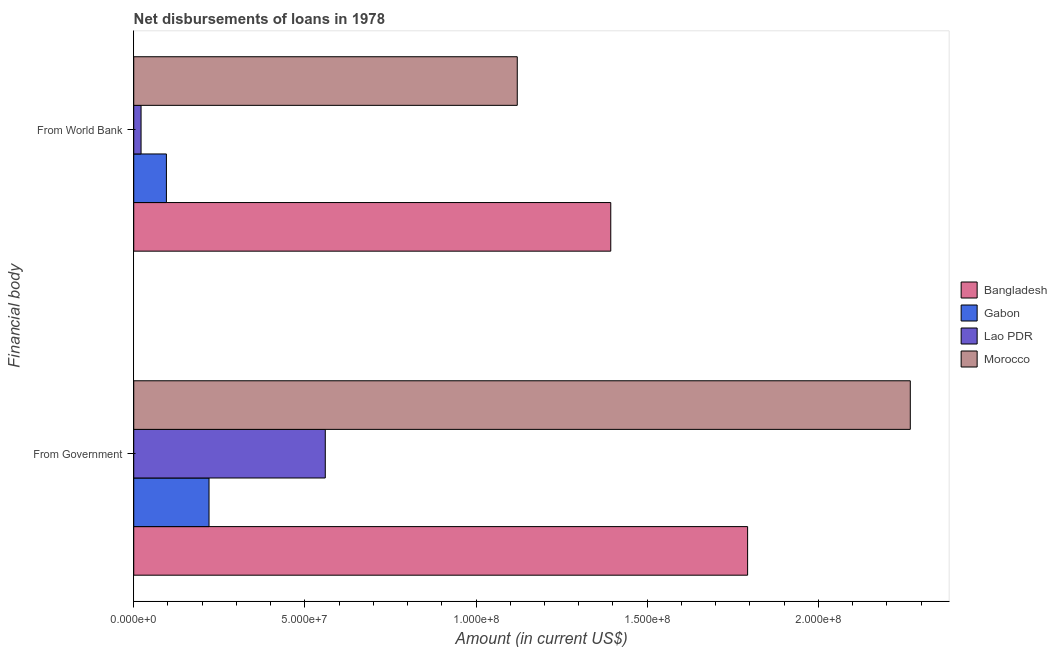
| Financial body | Bangladesh | Gabon | Lao PDR | Morocco |
 | --- | --- | --- | --- | --- |
 | From Government | 1.79e+08 | 2.2e+07 | 5.6e+07 | 2.27e+08 |
 | From World Bank | 1.39e+08 | 9.54e+06 | 2.14e+06 | 1.12e+08 |